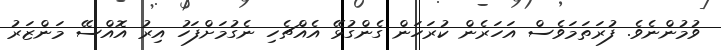
ވުމުންނެވެ. ފުރަތަމަވެސް އަހަރެން ކުރަހަން ގެންގުޅޭ އެއްޗެހި ނެގުމަށްފަހު އިރު އޮއްސޭ މަންޒަރު